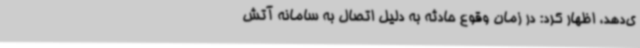
ی‌دهد، اظهار کرد: در زمان وقوع حادثه به دلیل اتصال به سامانه آتش